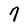
Character: 7